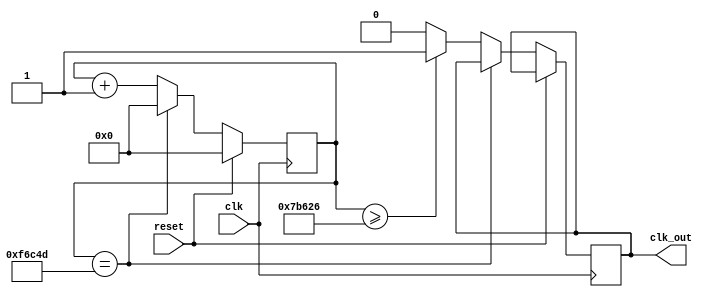
`timescale 1ns / 1ps
//////////////////////////////////////////////////////////////////////////////////
// Company: 
// Engineer: 
// 
// Design Name: 
// Module Name: clk_div_disp
// Project Name: 
// Target Devices: 
// Tool Versions: 
// Description: 
// 
// Dependencies: 
// 
// Revision:
// Revision 0.01 - File Created
// Additional Comments:
// 
//////////////////////////////////////////////////////////////////////////////////


module clk_div_disp(
    input clk,
    input reset,
    output reg clk_out
    );
    
    //reg [1:0] COUNT=2'b00;//Change to [24:0] TBD
    
    //assign clk_out = COUNT[1];//Change to [24] TBD
    
    reg [20:0] COUNT = 21'd0;
    //assign clk_out = ~(|(COUNT));
    
    always @(posedge clk)
    begin
        if(reset)
            COUNT = 0;
        else
            if(COUNT == 1010765) begin
                COUNT = 0;
            end
            else if(COUNT >= 505382) begin
                clk_out = 1;
                COUNT = COUNT + 1;
            end
            else begin
                clk_out = 0;
                COUNT = COUNT + 1;
            end
    end
        
endmodule